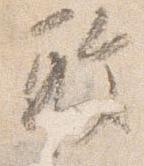
敢